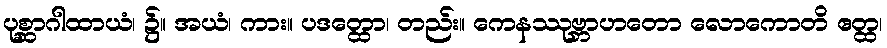
ပုစ္ဆာဂါထာယံ၊ ၌။ အယံ၊ ကား။ ပဒတ္ထော၊ တည်း။ ကေနဿုဗ္ဘာဟတော လောကောတိ ဧတ္ထ၊